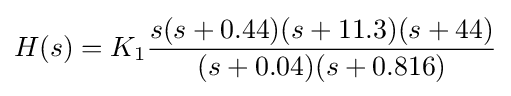
H(s)=K_{1}{\frac {s(s+0.44)(s+11.3)(s+44)}{(s+0.04)(s+0.816)}}